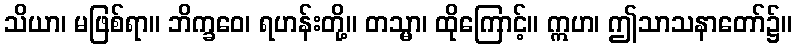
သိယာ၊ မဖြစ်ရာ။ ဘိက္ခဝေ၊ ရဟန်းတို့။ တသ္မာ၊ ထိုကြောင့်။ ဣဟ၊ ဤသာသနာတော်၌။